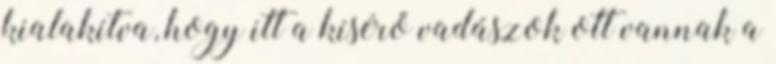
kialakítva, hogy itt a kísérő vadászok ott vannak a